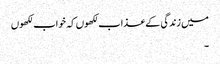
میں زندگی کے عذاب لکھوں کہ خواب لکھوں
۔